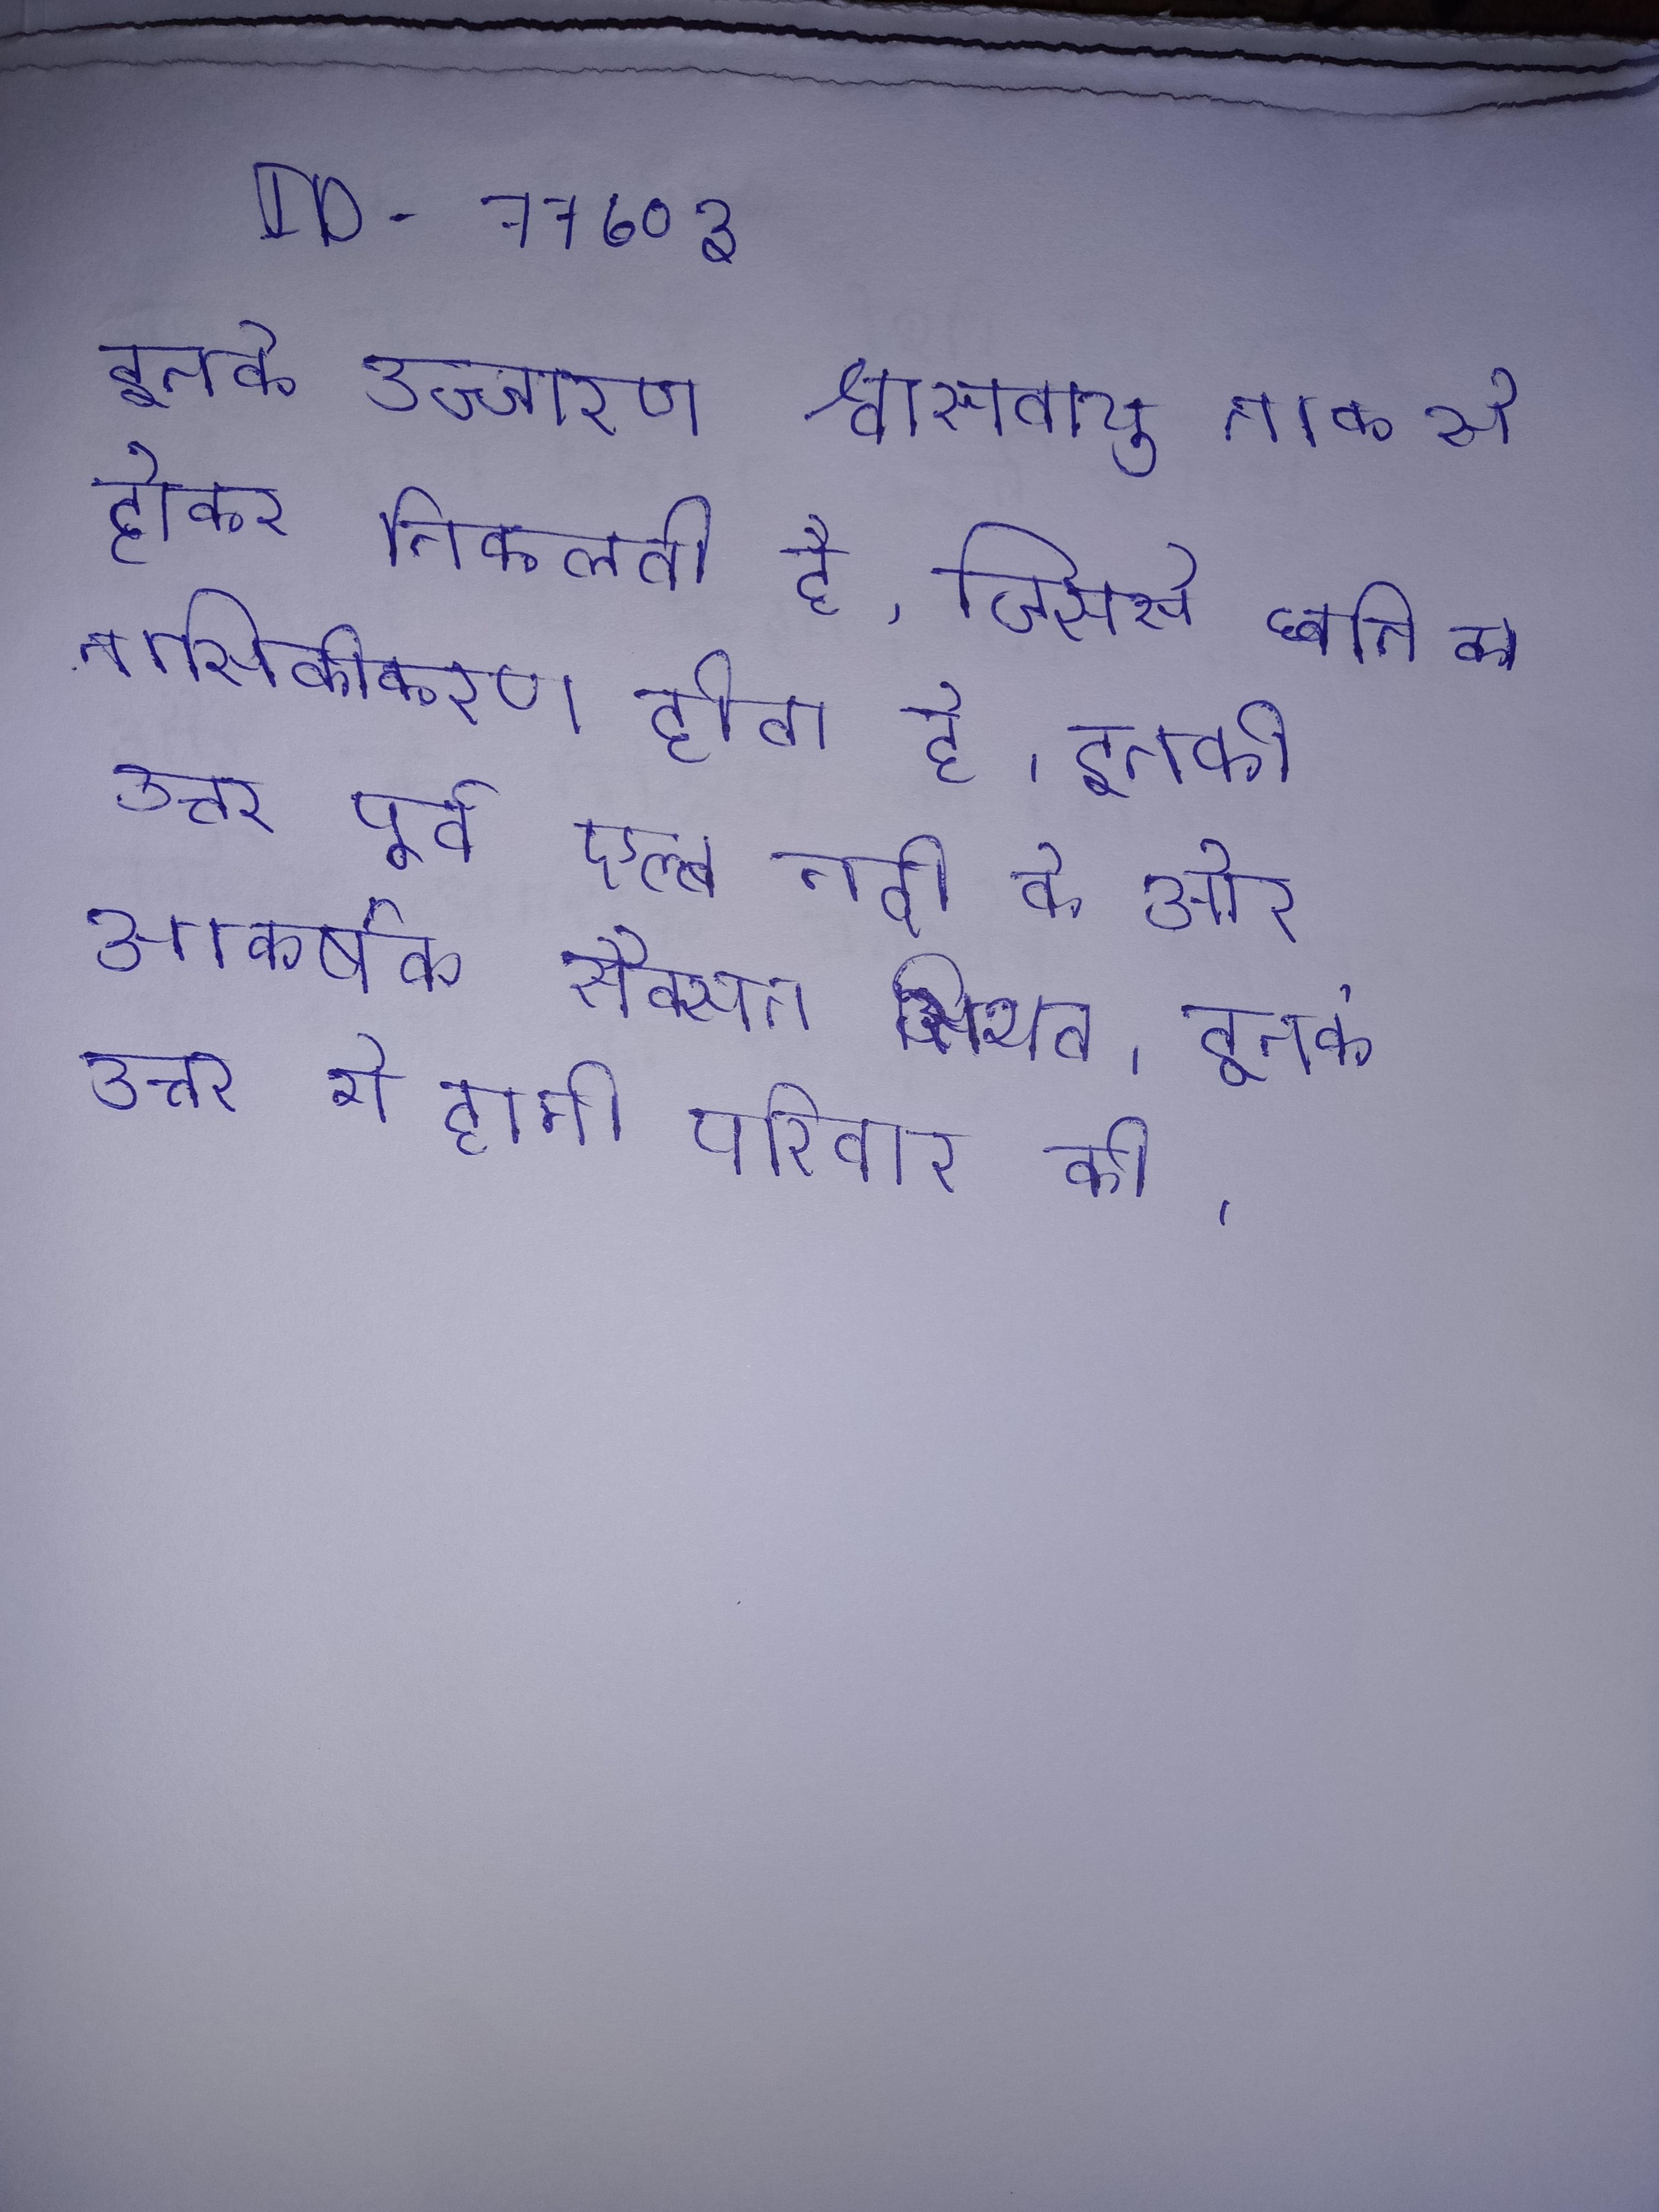
इनके उच्चारण श्वासवायु नाक से होकर निकलती है, जिससे ध्वनि का नासिकीकरण होता है । इनके उत्तम से भरे । इनके उत्तरदायित्व व कर्त्तव्य भी भिन्न होते है । इनके उत्तर पूर्व एल्ब नदी के ओर आकर्षक सैक्सन स्थित । इनके उत्तर मे हामी परिवार की ।